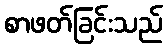
စာဖတ်ခြင်းသည်